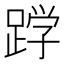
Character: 𮛦